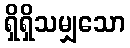
ရှိရှိသမျှသော